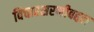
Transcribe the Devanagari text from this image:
विचारसरणीबद्दल